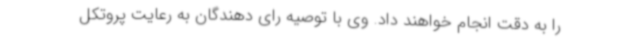
را به دقت انجام خواهند داد. وی با توصیه رای دهندگان به رعایت پروتکل